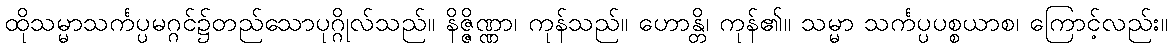
ထိုသမ္မာသင်္ကပ္ပမဂ္ဂင်၌တည်သောပုဂ္ဂိုလ်သည်။ နိဇ္ဇိဏ္ဏာ၊ ကုန်သည်။ ဟောန္တိ၊ ကုန်၏။ သမ္မာ သင်္ကပ္ပပစ္စယာစ၊ ကြောင့်လည်း။